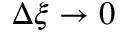
\Delta \xi \to 0